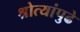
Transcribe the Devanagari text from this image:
श्रोत्यांपुढे